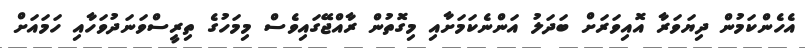
އެހެންކަމުން ދިޔަވަރާ އޮއިވަރަށް ބަދަލު އަންނެކަމަށާއި މިގޮތުން ރާއްޖޭގައިވެސް މިމަހުގެ ތިރީސްވަނަދުވަހާއި ހަމައަށް